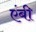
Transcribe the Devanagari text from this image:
एंबी